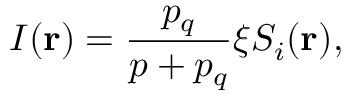
I ( { \bf r } ) = \frac { p _ { q } } { p + p _ { q } } \xi S _ { i } ( { \bf r } ) ,